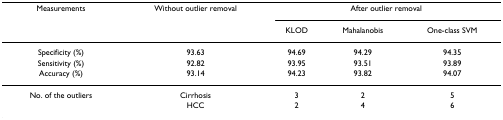
<table><thead><tr><td><b>Measurements</b></td><td><b>Without outlier removal</b></td><td colspan="3"><b>After outlier removal</b></td></tr><tr><td></td><td></td><td><b>KLOD</b></td><td><b>Mahalanobis</b></td><td><b>One-class SVM</b></td></tr></thead><tbody><tr><td>Specificity (%)</td><td>93.63</td><td>94.69</td><td>94.29</td><td>94.35</td></tr><tr><td>Sensitivity (%)</td><td>92.82</td><td>93.95</td><td>93.51</td><td>93.89</td></tr><tr><td>Accuracy (%)</td><td>93.14</td><td>94.23</td><td>93.82</td><td>94.07</td></tr><tr><td>No. of the outliers</td><td>Cirrhosis</td><td>3</td><td>2</td><td>5</td></tr><tr><td></td><td>HCC</td><td>2</td><td>4</td><td>6</td></tr></tbody></table>